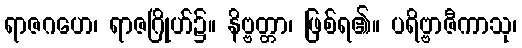
ရာဇဂဟေ၊ ရာဇဂြိုဟ်၌။ နိဗ္ဗတ္တာ၊ ဖြစ်ရ၏။ ပရိဗ္ဗာဇီကာသု၊